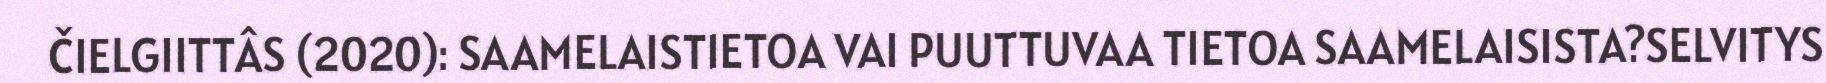
ČIELGIITTÂS (2020): SAAMELAISTIETOA VAI PUUTTUVAA TIETOA SAAMELAISISTA?SELVITYS